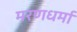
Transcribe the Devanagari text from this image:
मरणधर्मा